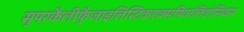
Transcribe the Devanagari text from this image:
सुपरकैलीफ़्रैजाइलिस्टिकएक्सपियालिडोसियस